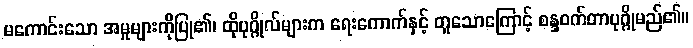
မကောင်းသော အမှုများကိုပြု၏၊ ထိုပုဂ္ဂိုလ်များက ရေးကောက်နှင့် တူသောကြောင့် စန္ဒဝက်တာပုဂ္ဂိုမည်၏။